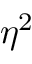
\eta ^ { 2 }